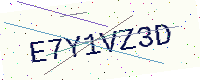
Text: E7Y1VZ3D